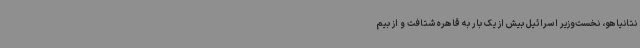
نتانیاهو، نخست‌وزیر اسرائیل بیش از یک بار به قاهره شتافت و از بیم